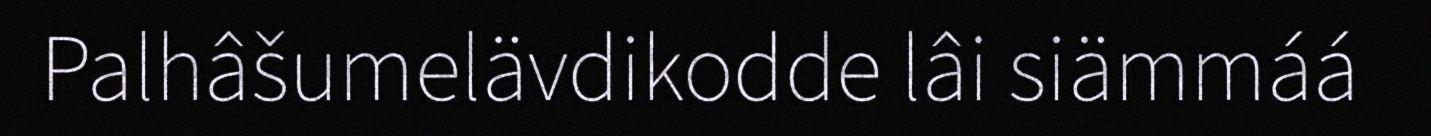
Palhâšumelävdikodde lâi siämmáá